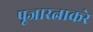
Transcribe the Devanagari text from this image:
पूजारत्नाकरे